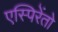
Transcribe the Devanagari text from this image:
एस्पिरेंतो